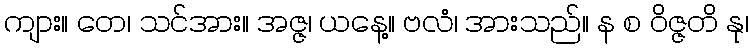
ကျား။ တေ၊ သင်အား။ အဇ္ဇ၊ ယနေ့။ ဗလံ၊ အားသည်။ န စ ဝိဇ္ဇတိ နု၊